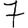
Digit: 7